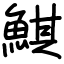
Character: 鯕